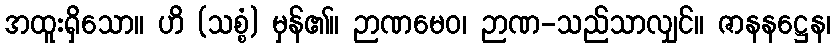
အထူးရှိသော။ ဟိ (သစ္စံ) မှန်၏။ ဉာဏမေဝ၊ ဉာဏ-သည်သာလျှင်။ ဇာနနဋ္ဌေန၊